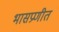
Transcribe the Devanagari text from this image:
भासप्रणीत